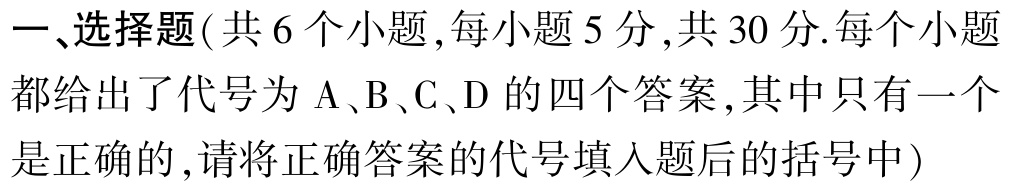
一、选择题(共 6 个小题,每小题 5 分,共 30 分.每个小题都给出了代号为 A、B、C、D 的四个答案,其中只有一个是正确的,请将正确答案的代号填入题后的括号中)